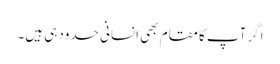
اگر آپ کامقام بھی انسانی حدود ہی ہیں۔